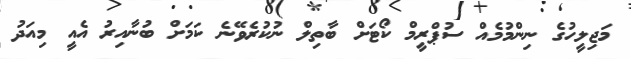
މަޖިލީހުގެ ނިންމުމެއް ސުޕްރީމް ކޯޓަށް ބާތިލް ނުކުރެވޭނެ ކަމަށް ބުނާއިރު އެއީ މިއަދު